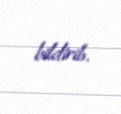
bildirib.